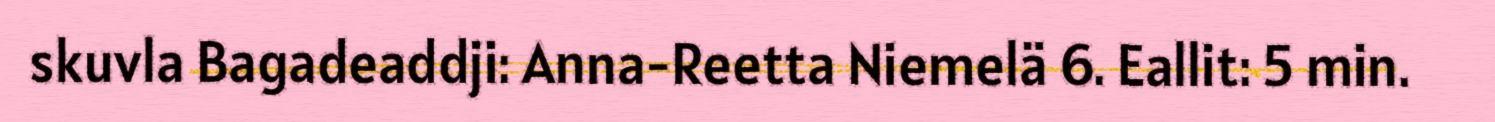
skuvla Bagadeaddji: Anna-Reetta Niemelä 6. Eallit: 5 min.